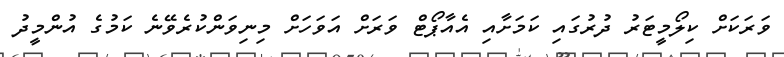
ވަރަކަށް ކިލޯމީޓަރު ދުރުގައި ކަމަށާއި އެއާޕޯޓް ވަރަށް އަވަހަށް މިނިވަންކުރެވޭނެ ކަމުގެ އުންމީދު